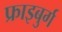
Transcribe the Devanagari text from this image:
फ्राइबुर्ग